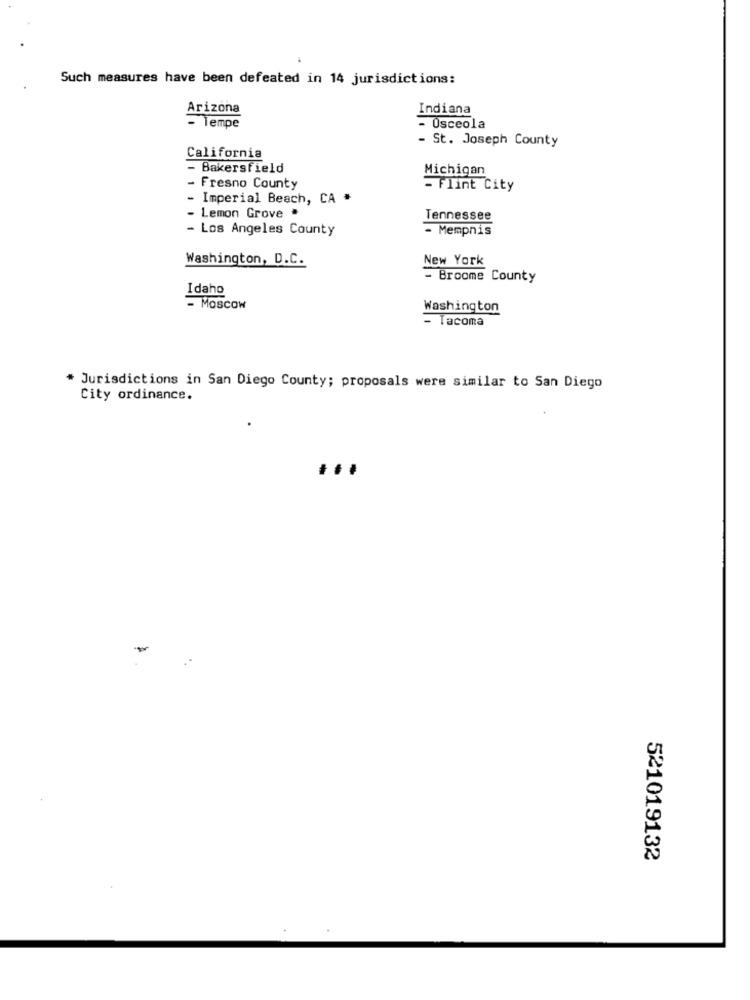
Such measures have been defeated in 14 jurisdictions:
Arizona
Indiana
- Tempe
- Osceola
- St. Joseph County
California
- Bakersfield
Michigan
- Fresno County
- Flint City
Imperial Beach, CA *
- Lemon Grove *
Tennessee
- Los Angeles County
- Memphis
Washington, D.C.
New York
- Broome County
Idaho
- Moscow
Washington
- Tacoma
* Jurisdictions in San Diego County; proposals were similar to San Diego
City ordinance.
521019132